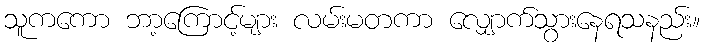
သူကကော ဘာ့ကြောင့်များ လမ်းမတကာ လျှောက်သွားနေရသနည်း။